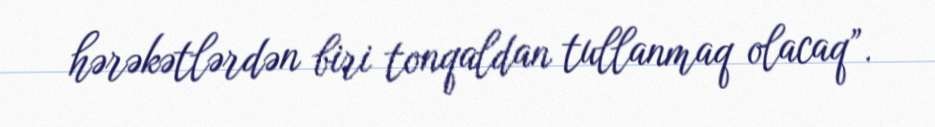
hərəkətlərdən biri tonqaldan tullanmaq olacaq”.